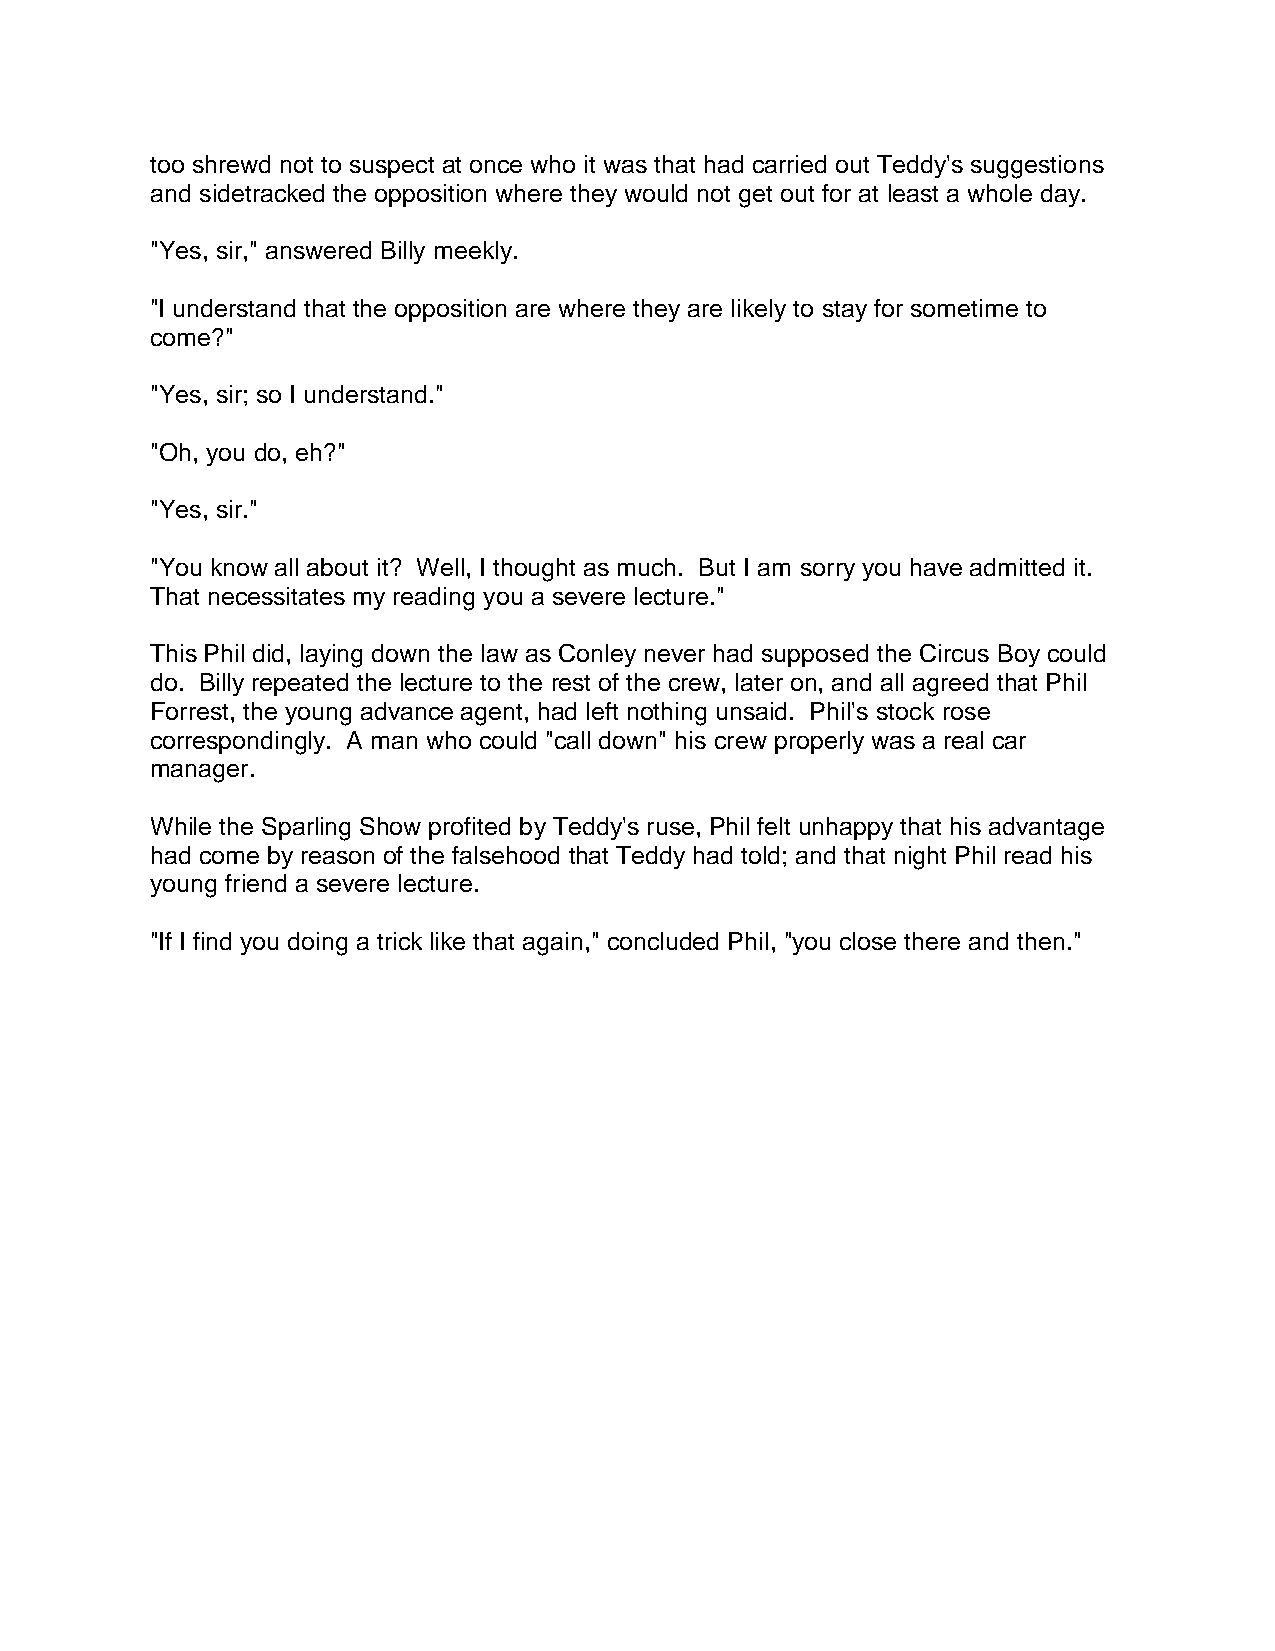
too shrewd not to suspect at once who it was that had carried out Teddy's suggestions
 and sidetracked the opposition where they would not get out for at least a whole day.
 "Yes, sir," answered Billy meekly.
 "I understand that the opposition are where they are likely to stay for sometime to
 come?"
 "Yes, sir; so I understand."
 "Oh, you do, eh?"
 "Yes, sir."
 "You know all about it? Well, I thought as much. But I am sorry you have admitted it.
 That necessitates my reading you a severe lecture."
 This Phil did, laying down the law as Conley never had supposed the Circus Boy could
 do. Billy repeated the lecture to the rest of the crew, later on, and all agreed that Phil
 Forrest, the young advance agent, had left nothing unsaid. Phil's stock rose
 correspondingly. A man who could "call down" his crew properly was a real car
 manager.
 While the Sparling Show profited by Teddy's ruse, Phil felt unhappy that his advantage
 had come by reason of the falsehood that Teddy had told; and that night Phil read his
 young friend a severe lecture.
 "If I find you doing a trick like that again," concluded Phil, "you close there and then."